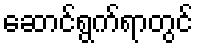
ဆောင်ရွက်ရာတွင်